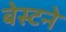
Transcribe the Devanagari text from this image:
बेस्टने